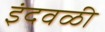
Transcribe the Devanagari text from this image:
इंदवळी